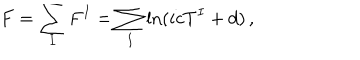
LaTeX: F = \sum _ { I } F ^ { I } = \sum _ { I } \ln ( i c T ^ { I } + d ) \, ,